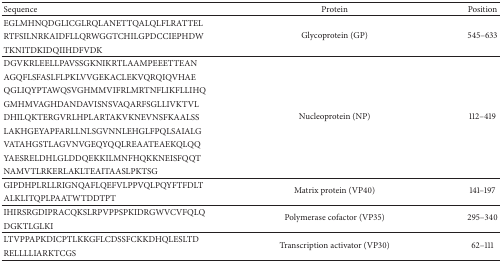
<table><thead><tr><td><b>Sequence</b></td><td><b>Protein</b></td><td><b>Position</b></td></tr></thead><tbody><tr><td>EGLMHNQDGLICGLRQLANETTQALQLFLRATTEL</td><td rowspan="3">Glycoprotein (GP)</td><td rowspan="3">545–633</td></tr><tr><td>RTFSILNRKAIDFLLQRWGGTCHILGPDCCIEPHDW</td></tr><tr><td>TKNITDKIDQIIHDFVDK</td></tr><tr><td>DGVKRLEELLPAVSSGKNIKRTLAAMPEEETTEAN</td><td rowspan="9">Nucleoprotein (NP)</td><td rowspan="9">112–419</td></tr><tr><td>AGQFLSFASLFLPKLVVGEKACLEKVQRQIQVHAE</td></tr><tr><td>QGLIQYPTAWQSVGHMMVIFRLMRTNFLIKFLLIHQ</td></tr><tr><td>GMHMVAGHDANDAVISNSVAQARFSGLLIVKTVL</td></tr><tr><td>DHILQKTERGVRLHPLARTAKVKNEVNSFKAALSS</td></tr><tr><td>LAKHGEYAPFARLLNLSGVNNLEHGLFPQLSAIALG</td></tr><tr><td>VATAHGSTLAGVNVGEQYQQLREAATEAEKQLQQ</td></tr><tr><td>YAESRELDHLGLDDQEKKILMNFHQKKNEISFQQT</td></tr><tr><td>NAMVTLRKERLAKLTEAITAASLPKTSG</td></tr><tr><td>GIPDHPLRLLRIGNQAFLQEFVLPPVQLPQYFTFDLT</td><td rowspan="2">Matrix protein (VP40)</td><td rowspan="2">141–197</td></tr><tr><td>ALKLITQPLPAATWTDDTPT</td></tr><tr><td>IHIRSRGDIPRACQKSLRPVPPSPKIDRGWVCVFQLQ</td><td rowspan="2">Polymerase cofactor (VP35)</td><td rowspan="2">295–340</td></tr><tr><td>DGKTLGLKI</td></tr><tr><td>LTVPPAPKDICPTLKKGFLCDSSFCKKDHQLESLTD</td><td rowspan="2">Transcription activator (VP30)</td><td rowspan="2">62–111</td></tr><tr><td>RELLLLIARKTCGS</td></tr></tbody></table>